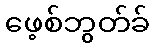
ဖေ့စ်ဘွတ်ခ်